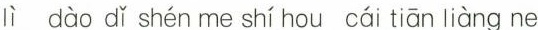
lì dào dǐ shén me shí hou cái tiān liàng ne